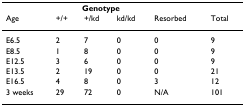
|  | <COLSPAN=3> Genotype |  |  |
 | Age | +/+ | +/kd | kd/kd | Resorbed | Total |
 | --- | --- | --- | --- | --- | --- |
 | E6.5 | 2 | 7 | 0 | 0 | 9 |
 | E8.5 | 1 | 8 | 0 | 0 | 9 |
 | E12.5 | 3 | 6 | 0 | 0 | 9 |
 | E13.5 | 2 | 19 | 0 | 0 | 21 |
 | E16.5 | 4 | 8 | 0 | 3 | 12 |
 | 3 weeks | 29 | 72 | 0 | N/A | 101 |